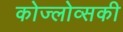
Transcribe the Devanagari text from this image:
कोज्लोव्सकी